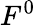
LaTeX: F^{0}